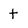
Character: t